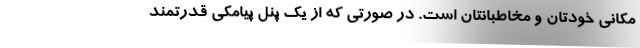
مکانی خودتان و مخاطبانتان است. در صورتی که از یک پنل پیامکی قدرتمند